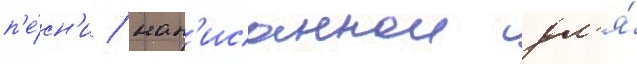
п'е́сн'и / нап'исаннои дл'я́